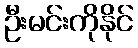
ဦးမင်းကိုနိုင်